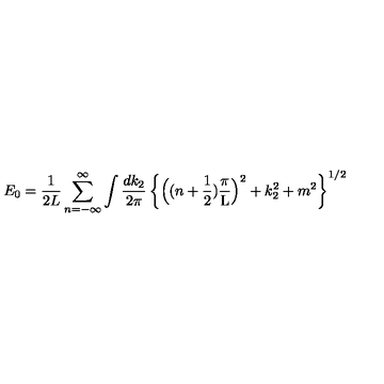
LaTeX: E _ { 0 } = \frac { 1 } { 2 L } \sum _ { n = - \infty } ^ { \infty } \int \frac { d k _ { 2 } } { 2 \pi } \left\{ \Big ( ( n + \mathrm { \frac { 1 } { 2 } } ) \mathrm { \frac { \pi } { L } } \Big ) ^ { 2 } + k _ { 2 } ^ { 2 } + m ^ { 2 } \right\} ^ { 1 / 2 }